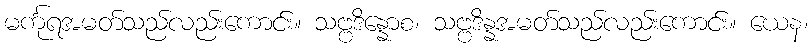
မင်္ကုရအမတ်သည်လည်းကောင်း။ သဗ္ဗဒိန္နောစ၊ သဗ္ဗဒိန္နအမတ်သည်လည်းကောင်း။ ယေန၊